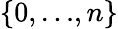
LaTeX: \left\{ 0,{\ldots},n\right\}